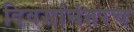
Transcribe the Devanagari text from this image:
दिवसांनंतरच